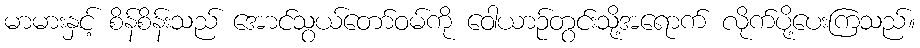
မာမားနှင့် စိန်စိန်းသည် အောင်သွယ်တော်ဝမ်ကို ဝေါယာဉ်တွင်းသို့အရောက် လိုက်ပို့ပေးကြသည်။